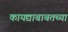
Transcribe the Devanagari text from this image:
कायद्याबाबतच्या